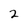
Character: 2